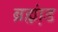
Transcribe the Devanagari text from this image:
ब्रह्म़ा़ंड